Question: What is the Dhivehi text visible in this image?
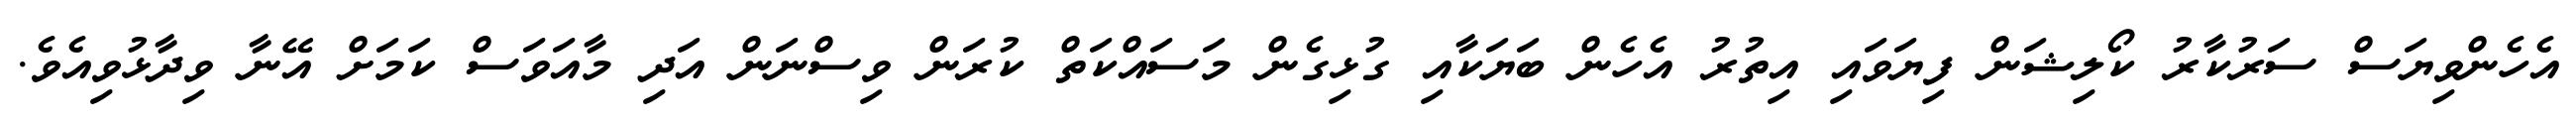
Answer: އެހެންވިޔަސް ސަރުކާރު ކޯލިޝަން ފިޔަވައި އިތުރު އެހެން ބަޔަކާއި ގުޅިގެން މަސައްކަތް ކުރަން ވިސްނަން އަދި މާއަވަސް ކަމަށް އޭނާ ވިދާޅުވިއެވެ.